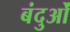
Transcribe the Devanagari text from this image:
बंदुओं